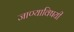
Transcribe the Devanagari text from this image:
जाण्याविषयी